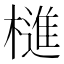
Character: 𣛎